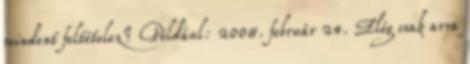
mindent feltételez? Például: 2008. február 24. Elég csak arra